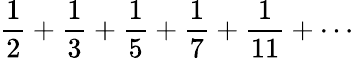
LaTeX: {\frac{1}{2}}+{\frac{1}{3}}+{\frac{1}{5}}+{\frac{1}{7}}+{\frac{1}{11}}+\cdots